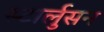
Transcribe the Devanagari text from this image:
स्टार्लुसन